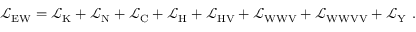
{ \mathcal { L } } _ { \mathrm { E W } } = { \mathcal { L } } _ { \mathrm { K } } + { \mathcal { L } } _ { \mathrm { N } } + { \mathcal { L } } _ { \mathrm { C } } + { \mathcal { L } } _ { \mathrm { H } } + { \mathcal { L } } _ { \mathrm { H V } } + { \mathcal { L } } _ { \mathrm { W W V } } + { \mathcal { L } } _ { \mathrm { W W V V } } + { \mathcal { L } } _ { \mathrm { Y } } ~ .